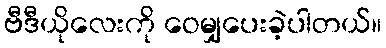
ဗီဒီယိုလေးကို ဝေမျှပေးခဲ့ပါတယ်။